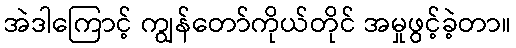
အဲဒါကြောင့် ကျွန်တော်ကိုယ်တိုင် အမှုဖွင့်ခဲ့တာ။